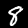
Digit: 8